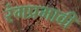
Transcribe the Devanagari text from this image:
रंगप्रभावी